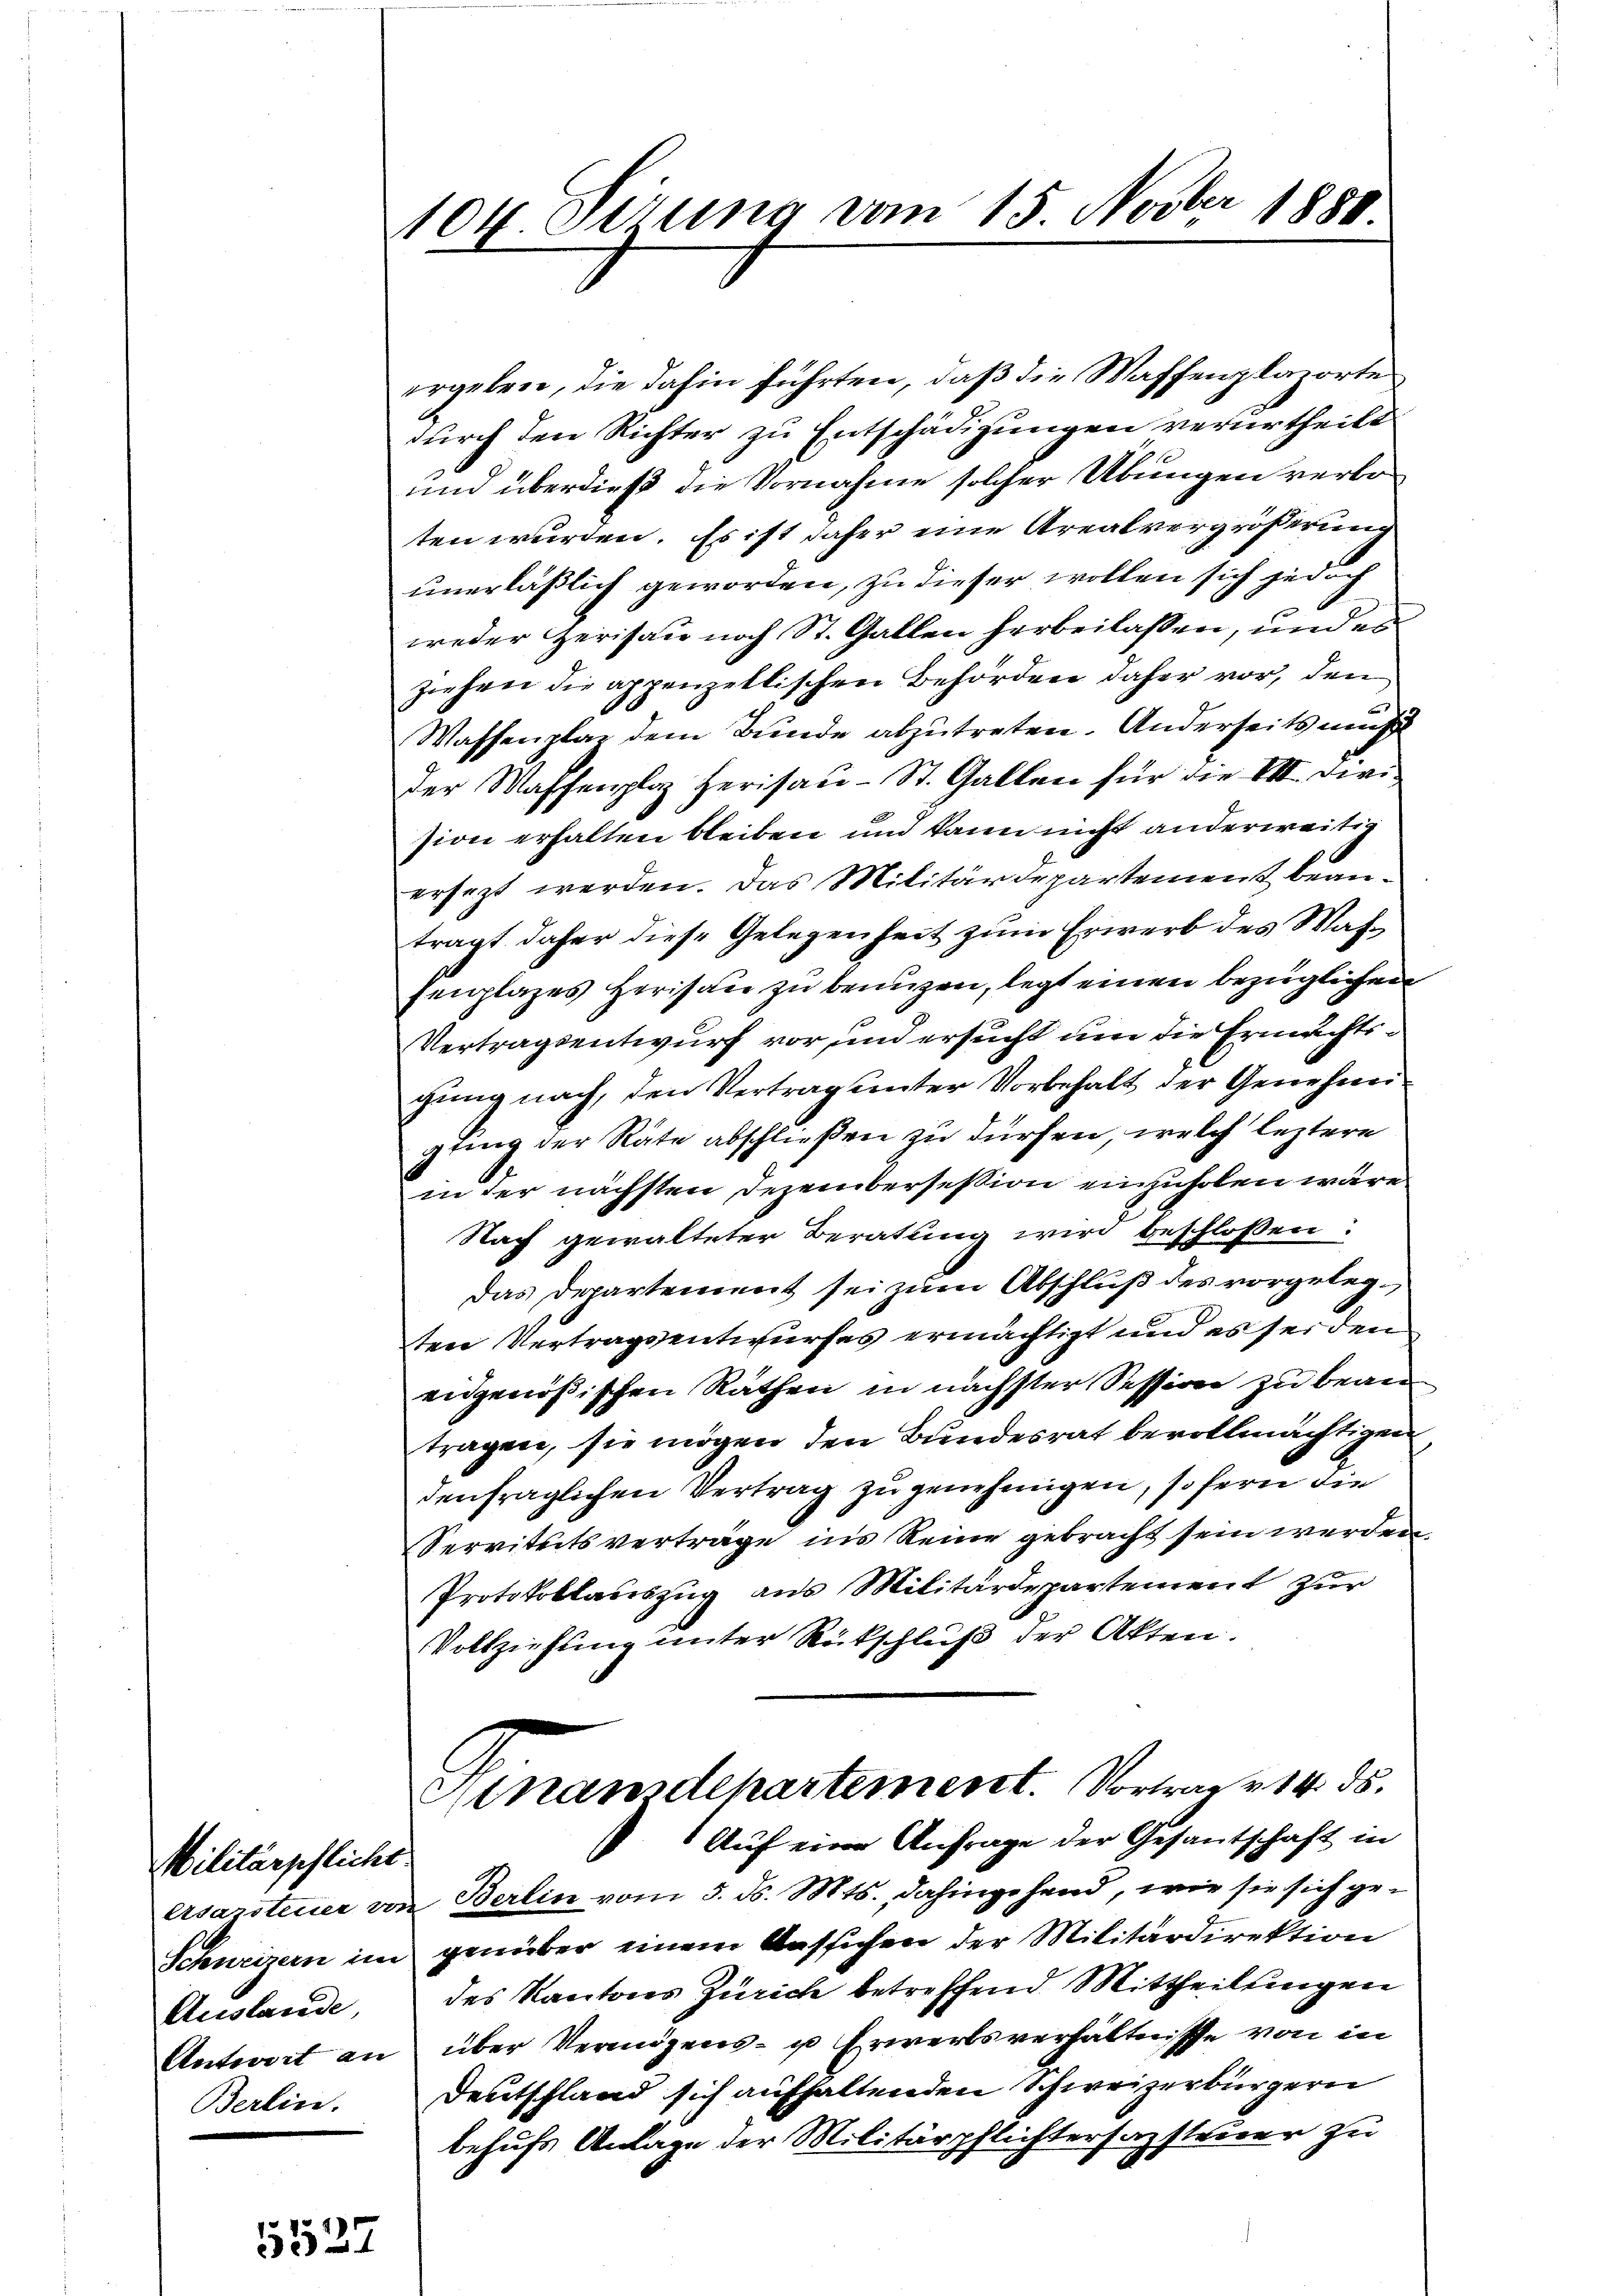
Militärpflicht.
Auslande,
Berlin.

5527

104. Ferung vom 15. Novber 1880

ergeben, die dahin führten, daß die Waffenplazorte
durch den Richter zu Entschädigungen verurtheilt
und überdieß die Vornahme solcher Übungen verboten wurden. Es ist daher eine Arealvergrößerung
unerläßlich geworden, zu dieser wollen sich jedoch
weder Zerisau noch St. Gallen herbeilassen, und es
ziehen die appenzellischen Behörden daher vor, den
Waffenplar dem Bunde abzutreten. Anderseits müß
der Waffenplaz Herisau-St. Gallen für die VII. Division erhalten bleiben und kann nicht anderweitig
ersetzt werden. Das Militärdepartement beanträgt daher diese Gelegenheit zum Erwerb des Waffenplazes Herisau zu benuzen, legt einen bezüglichen
Vertragsentwurf vor und ersucht um die Ermachtsgung nach, den Vertrag unter Vorbehalt der Genehmipting der Räte abschließen zu dürfen, welch leztere
in der nächsten Dezembersession einzuholen wäre.
Nach gewalteter Beratung wird beschlossen:
Das Departement sei zum Abschluß des vorgelegten Vertragsentwurfes ermächtigt und es sei dem
eidgenößischen Räthen in nächster Session zu bean
tragen, sie mögen den Bundesrat bevollmächtigen
denfraglichen Vertrag zu genehmigen, sofern die
Servitutsverträge ins Reine gebracht sein werden.
Protokollauszug aus Militärdepartement zur
Vollziehung unter Rückschluß der Akten.
Anamidehartement. Vortrage 14. ds.
Auf eine Anfrage der Gesantschaft in
Asazsteuer von Berlin vom 5. d. Mts., dahingehend, wie sie sich ge¬
Schweizern im genüber einem Aussichen der Militärdirektion
des Kantons Zürich betreffend Mittheilungen
Antwort an über Vermögens- u Erwerbsverhältnisse von in
Deutschland sich aufhaltenden Schweizerbürgern
behufs Anlage der Militärpflichtersazsteuer zu